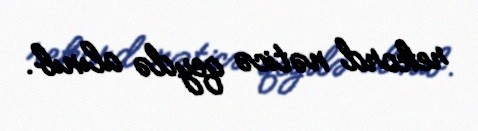
rekord nəticə qeydə alınıb.